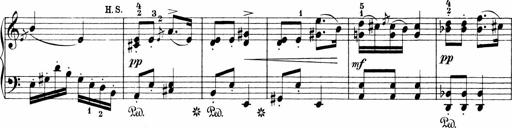
Title: Sonatinen Op.47, 98 und 136, nebst 6 Liedersonatinen
Composer: Carl Reinecke